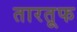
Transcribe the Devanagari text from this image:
तारतूफ